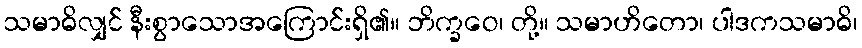
သမာဓိလျှင် နီးစွာသောအကြောင်းရှိ၏။ ဘိက္ခဝေ၊ တို့။ သမာဟိတော၊ ပါဒကသမာဓိ၊